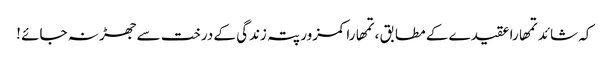
کہ شائد تمھارا عقیدے کے مطابق ، تمھارا کمزور پتہ زندگی کے درخت سے جھڑ نہ جائے !